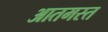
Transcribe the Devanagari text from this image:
आतमस्त